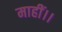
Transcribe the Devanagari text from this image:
माहीं।।